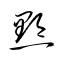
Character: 黔